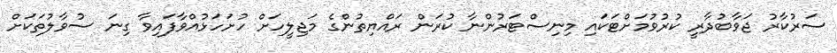
ސަރުކާރު ޖަވާބުދާރީ ކުރުވުމަށްޓަކައި މިނިސްޓަރުންނާ ކުރަން ރައްޔިތުންގެ މަޖިލީހަށް ހުށަހަޅުއްވާފައިވާ ގިނަ ސުވާލުތަކަށް